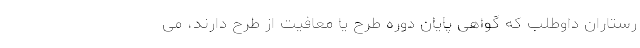
رستاران داوطلب که گواهی پایان دوره طرح یا معافیت از طرح دارند، می